Civil Veterinary Dept. North-West Frontier Province 1923-32 - 1923-1932
Year: 1923
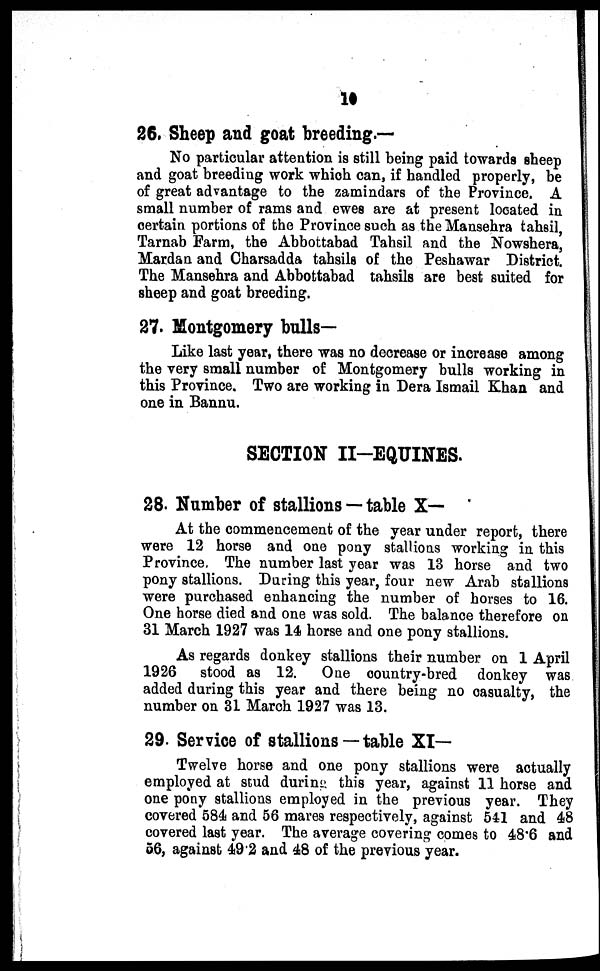
10
26. Sheep and goat breeding.—
No particular attention is still being paid towards sheep
and goat breeding work which can, if handled properly, be
of great advantage to the zamindars of the Province. A
small number of rams and ewes are at present located in
certain portions of the Province such as the Mansehra tahsil,
Tarnab Farm, the Abbottabad Tahsil and the Nowshera,
Mardan and Charsadda tahsils of the Peshawar District.
The Mansehra and Abbottabad tahsils are best suited for
sheep and goat breeding.
27. Montgomery bulls—
Like last year, there was no decrease or increase among
the very small number of Montgomery bulls working in
this Province. Two are working in Dera Ismail Khan and
one in Bannu.
SECTION II—EQUINES.
28. Number of stallions — table X—
At the commencement of the year under report, there
were 12 horse and one pony stallions working in this
Province. The number last year was 13 horse and two
pony stallions. During this year, four new Arab stallions
were purchased enhancing the number of horses to 16.
One horse died and one was sold. The balance therefore on
31 March 1927 was 14 horse and one pony stallions.
As regards donkey stallions their number on 1 April
1926 stood as 12.
One country-bred donkey was
added during this year and there being no casualty, the
number on 31 March 1927 was 13.
29. Service of stallions — table XI—
Twelve horse and one pony stallions were actually
employed at stud during this year, against 11 horse and
one pony stallions employed in the previous year. They
covered 584 and 56 mares respectively, against 541 and 48
covered last year. The average covering comes to 48.6 and
56, against 49.2 and 48 of the previous year.